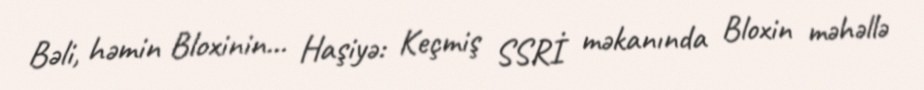
Bəli, həmin Bloxinin... Haşiyə: Keçmiş SSRİ məkanında Bloxin məhəllə